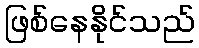
ဖြစ်နေနိုင်သည်